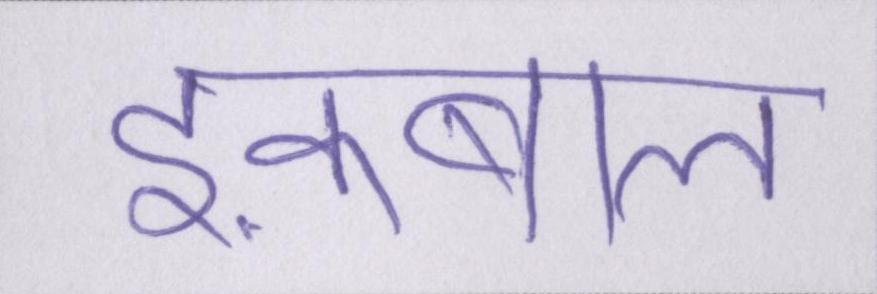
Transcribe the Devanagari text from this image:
इक़बाल